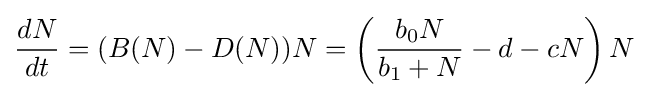
{\frac {dN}{dt}}=(B(N)-D(N))N=\left({\frac {b_{0}N}{b_{1}+N}}-d-cN\right)N